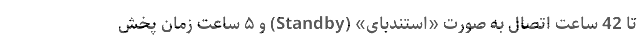
تا 42 ساعت اتصال به صورت «استند‌بای» (Standby) و ۵ ساعت زمان پخش